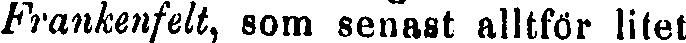
Frankenfelt, som senast alltför litet